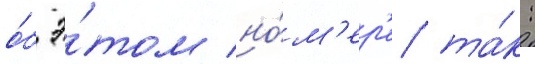
о́б э́том но́м'ер'е та́к: